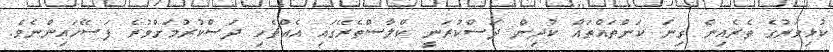
ކުޅިވަރުގެ ތެރެއިން ގިނަ ކަންތައްތައް ކުދިން ދަސްކުރަނީ ކްލާސްތެރޭގައި އެއްޗެހި ދަސްކުރުމަށްވުރެ ފަސޭހައިންނެވެ.